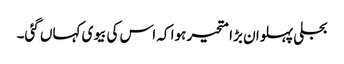
بجلی پہلوان بڑا متحیر ہوا کہ اس کی بیوی کہاں گئی۔